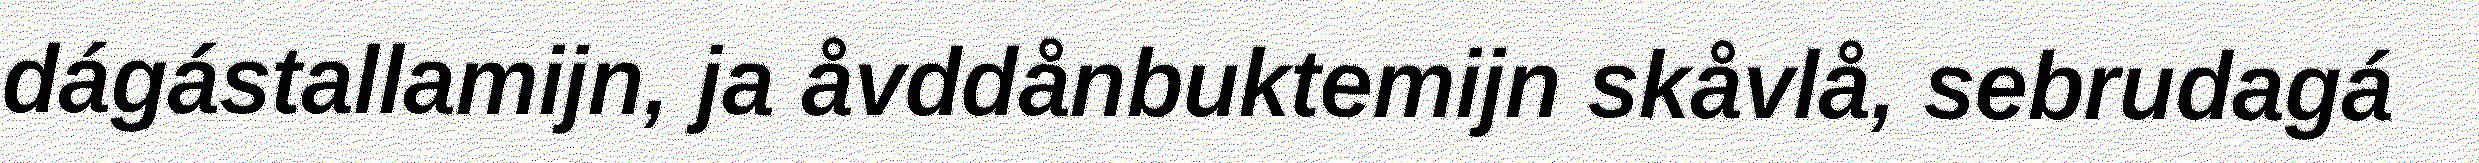
dágástallamijn, ja åvddånbuktemijn skåvlå, sebrudagá